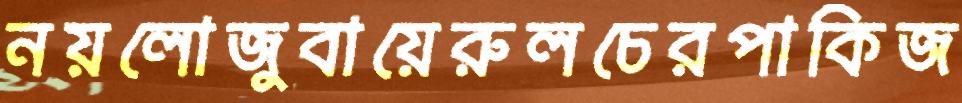
নয়লোজুবায়েরুলচেরপাকিজ